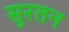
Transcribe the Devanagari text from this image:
सुरतन